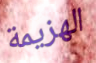
الهزيمة